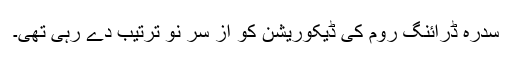
سدرہ ڈرائنگ روم کی ڈیکوریشن کو از سر نو ترتیب دے رہی تھی۔